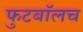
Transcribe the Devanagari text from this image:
फुटबाॅलच